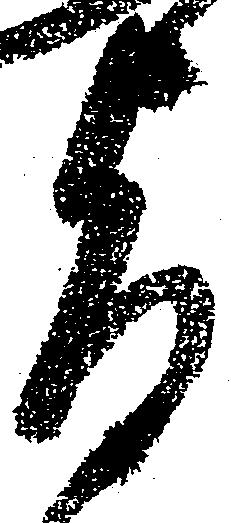
旨